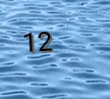
12